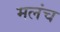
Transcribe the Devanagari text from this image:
मलंच